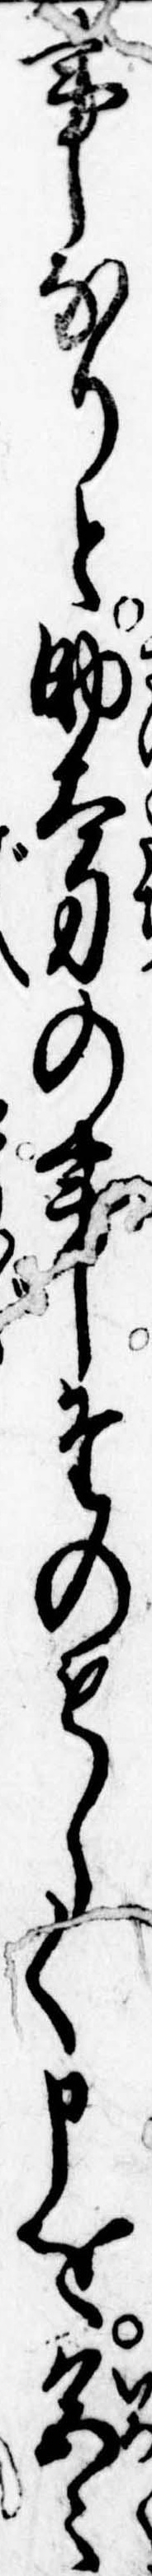
事なりと助太刀の事たのもしく申を色々